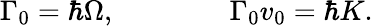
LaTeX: \Gamma_{0}=\hbar\Omega,\qquad\qquad\Gamma_{0}v_{0}=\hbar K.